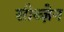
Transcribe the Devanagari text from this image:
सीब्ज़ेन